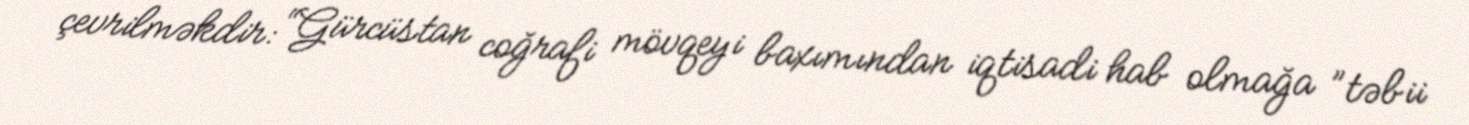
çevrilməkdir: “Gürcüstan coğrafi mövqeyi baxımından iqtisadi hab olmağa ”təbii